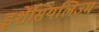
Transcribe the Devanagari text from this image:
इशेंसियलिज्म